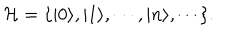
{ \cal H } = \{ | 0 \rangle , | 1 \rangle , \cdots , | n \rangle , \cdots \} .